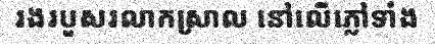
រងរបួសរលាកស្រាល នៅលើភ្លៅទាំង